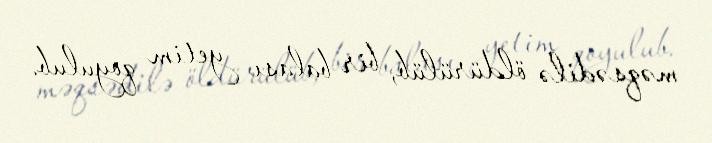
məqsədilə öldürülüb, bir balası yetim qoyulub.